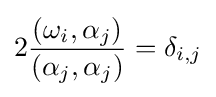
2{\frac {(\omega _{i},\alpha _{j})}{(\alpha _{j},\alpha _{j})}}=\delta _{i,j}